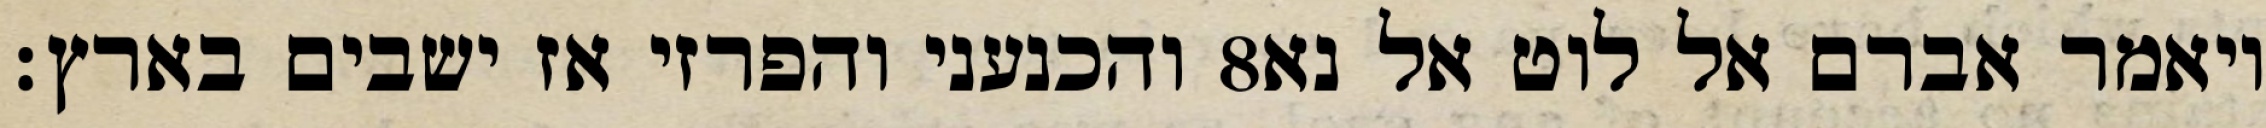
והכנעני והפרזי אז ישבים בארץ׃ ‎8‏ ויאמר אברם אל לוט אל נא